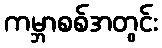
ကမ္ဘာစစ်အတွင်း